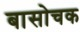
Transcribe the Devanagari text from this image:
बासोचक